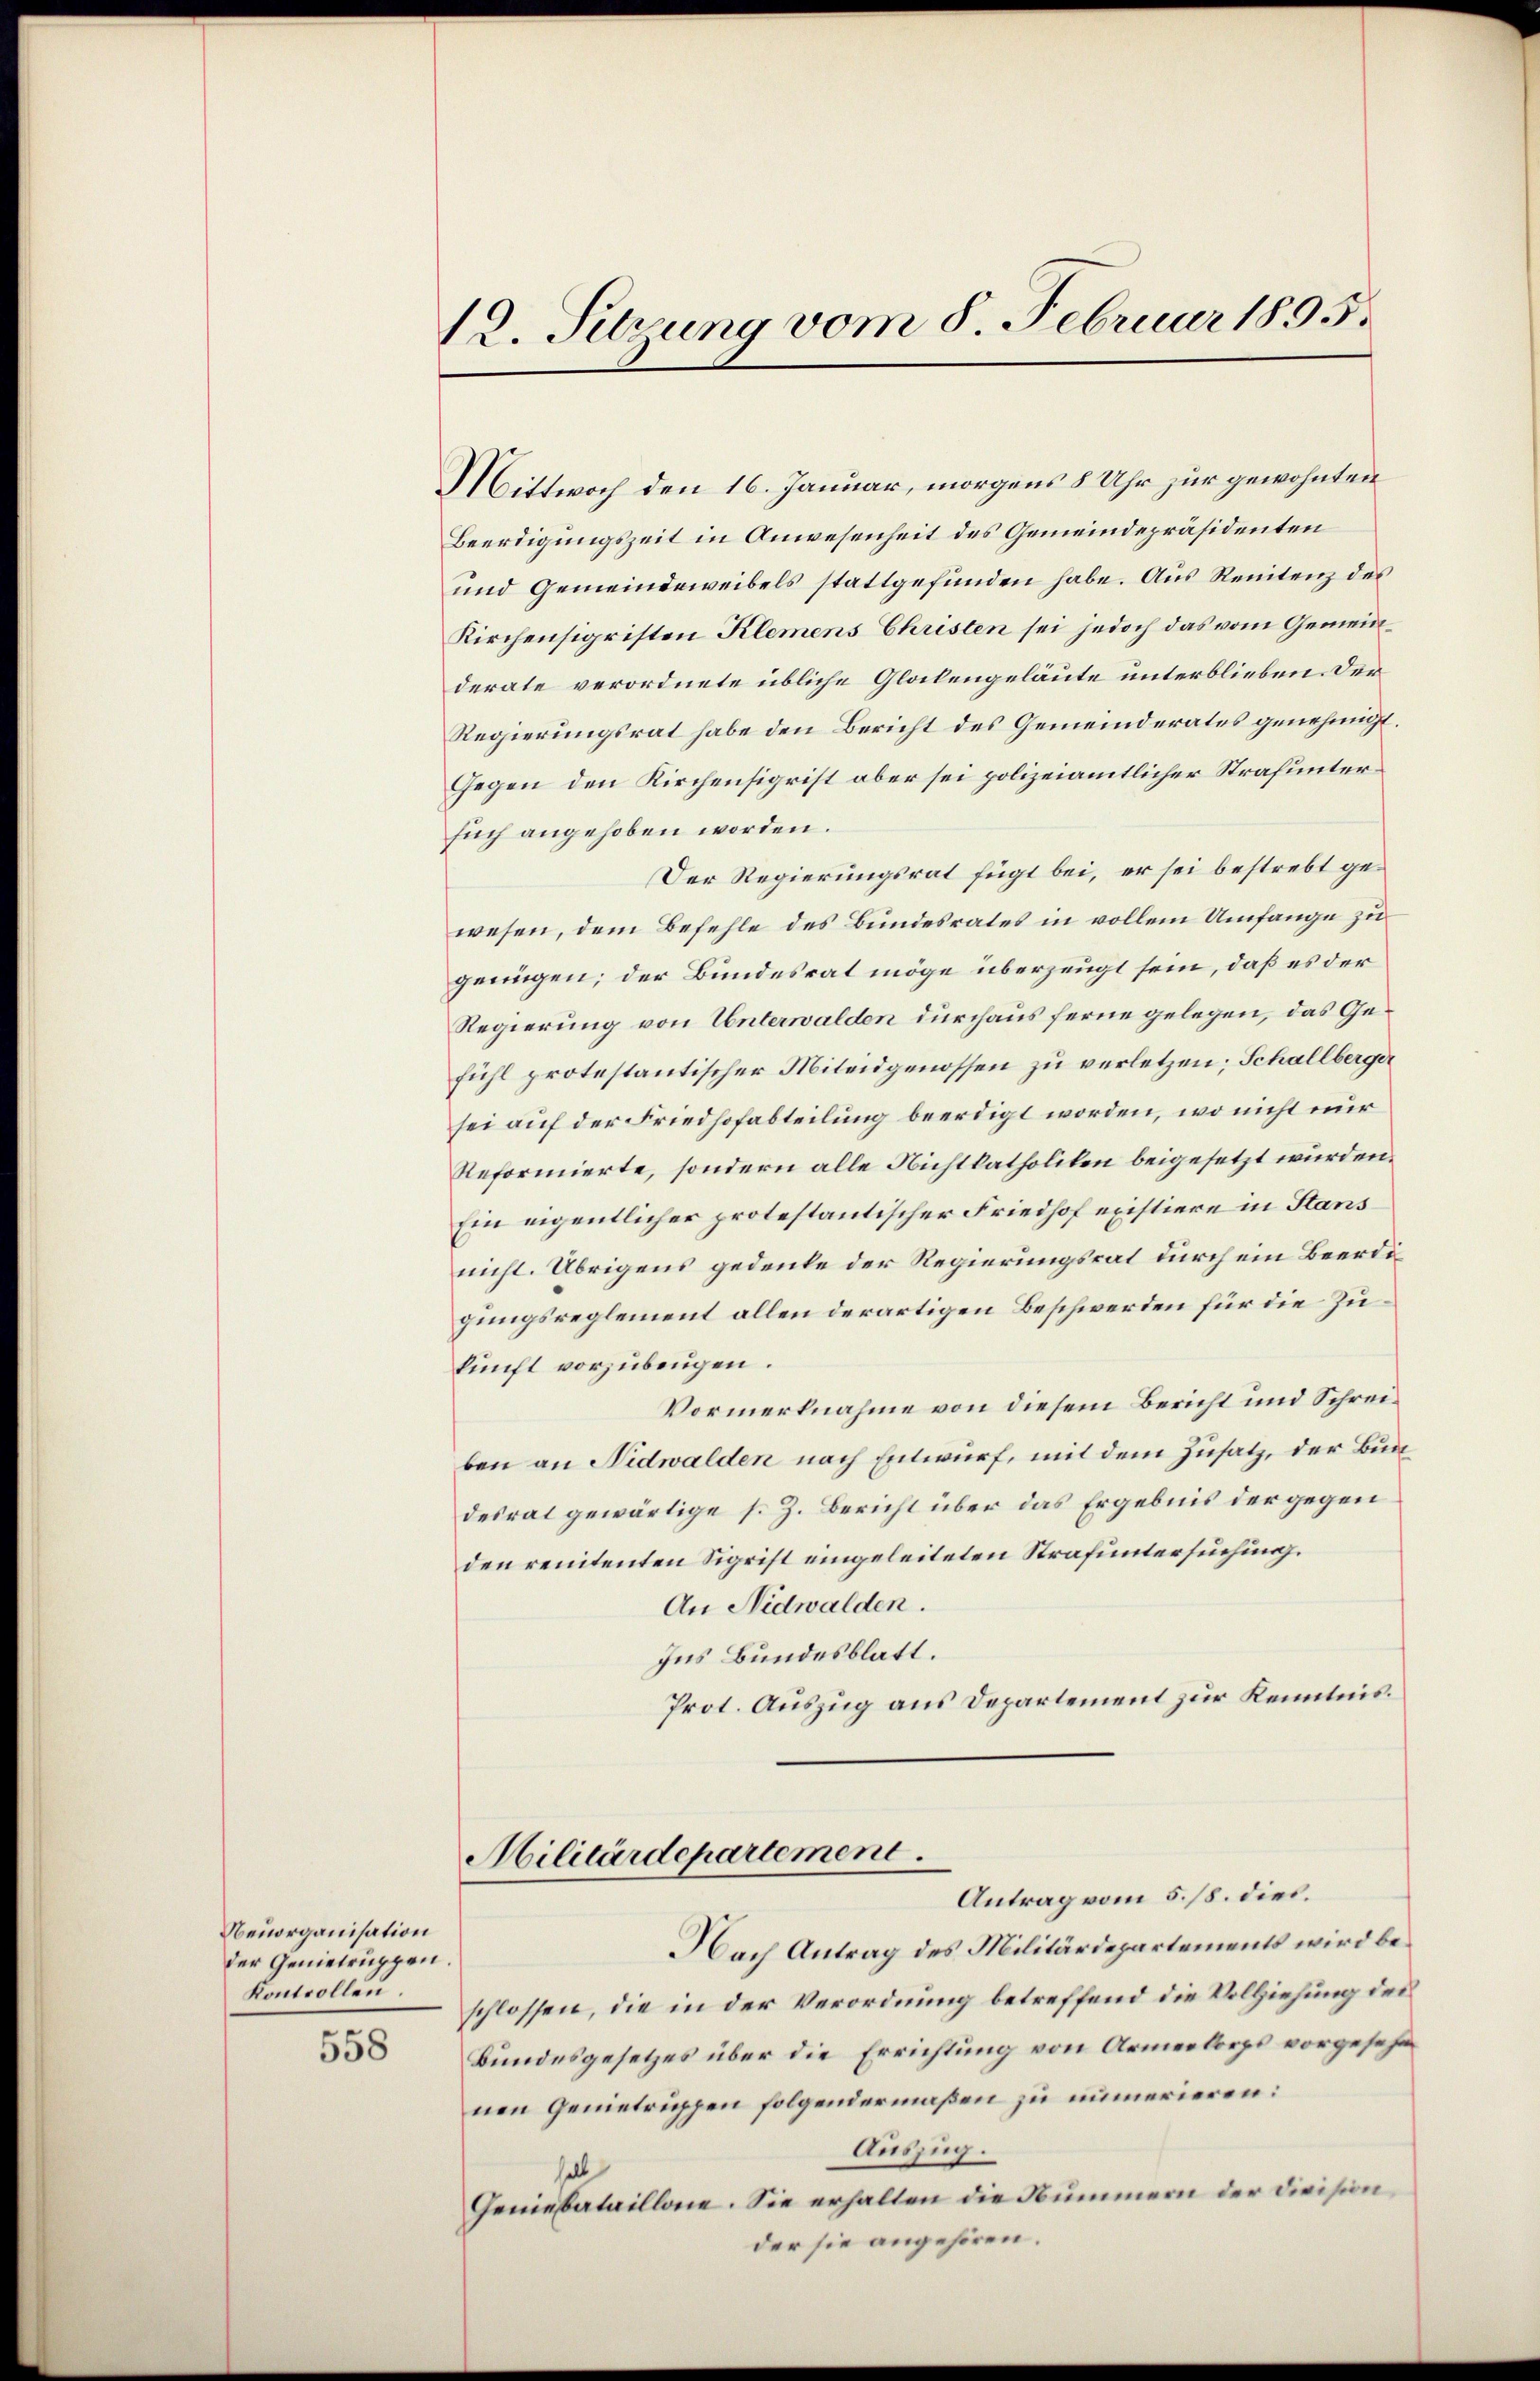
Neuorganisation
der Genietruppen.
Kontrollen

558

12. Setzung vom 8. Februar 1895.

Mittwoch den 16. Januar, morgens 8 Uhr zur gewohnten
Beerdigungszeit in Anwesenheit des Gemeindepräsidenten
und Gemeindeweibels stattgefunden habe. Aus Renitenz des
Kirchensigristen Klemens Christen sei jedoch das vom Gemeinderate verordnete übliche Glokengeläute unterblieben. Der
Regierungsrat habe den Bericht des Gemeinderates genehmigt.
Gegen den Kirchensigrist aber sei polizeiamtlicher Strafuntersuch angehoben worden.
Der Regierungsrat fügt bei, er sei bestrebt gewesen, dem Befehle des Bundesrates in vollem Umfange zu
genügen; der Bundesrat möge überzeugt sein, daß es der
Regierung von Unterwalden durchaus ferne gelegen, das Gefühl protestantischer Miteidgenossen zu verletzen; Schallberger
sei auf der Friedhofabteilung beerdigt worden, wo nicht nur
Reformierte, sondern alle Nichtkatholiken beigesetzt würden.
Ein eigentlicher protestantischer Friedhof existiere in Stans
nicht. Übrigens gedeute der Regierungsrat durch ein Beerdigungsreglement allen derartigen Beschwerden für die Zukunft vorzubeugen.
Vormerknahme von diesem Bericht und Schreiben an Nidwalden nach Entwurf, mit dem Zusatz, der Bundesrat gewärtige s. Z. Bericht über das Ergebnis der gegen
den renitenten Sigrist eingeleiteten Strafuntersuchung.
An Nidwalden.
Ins Bundesblatt.
Prot. Auszug aus Departement zur Kenntnis.
Militärdepartement.
Antrag vom 5./8. dies.
NNach Antrag des Militärdepartements wird beschlossen, die in der Verordnung betreffend die Vollziehung des
Bundesgesetzes über die Errichtung von Armeekorps vorgesehe
nen Genietruppen folgendermaßen zu numerieren:
Auszug.
halb
Geniesbataillone. Sie erhalten die Nummern der Division
der sie angehören.